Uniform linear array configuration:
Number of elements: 4
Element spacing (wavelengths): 0.25
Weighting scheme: uniform
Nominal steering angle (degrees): -15
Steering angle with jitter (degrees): -16.029
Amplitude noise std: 0.05
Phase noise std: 0.05

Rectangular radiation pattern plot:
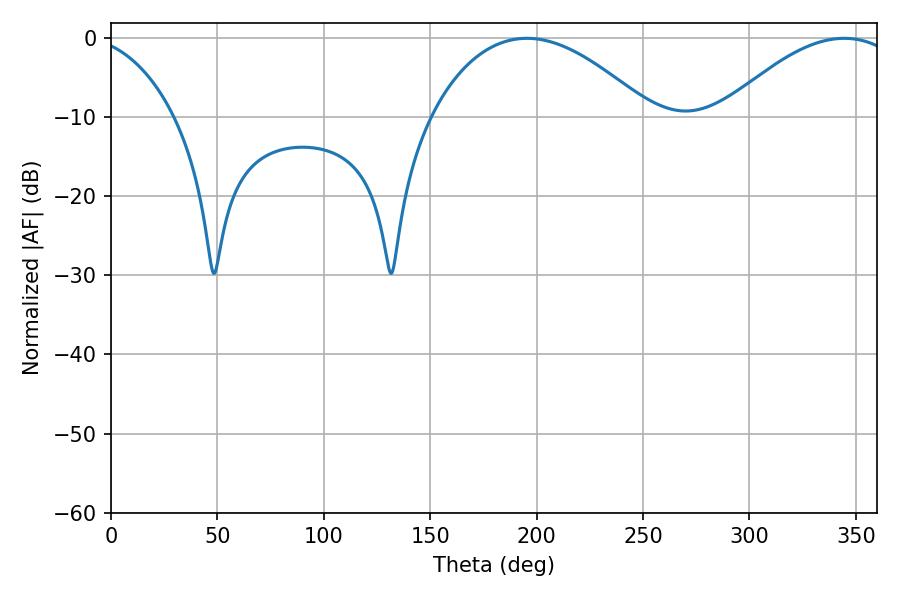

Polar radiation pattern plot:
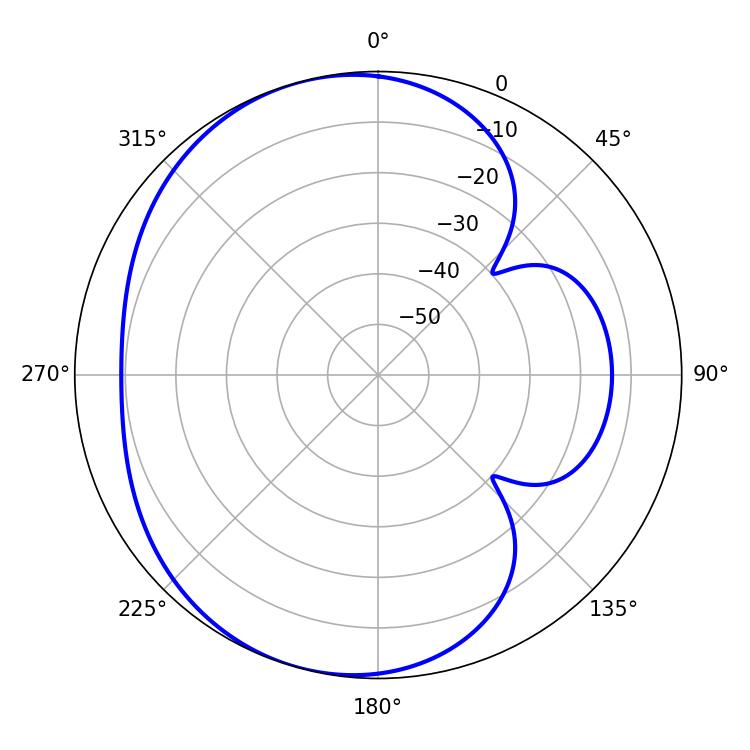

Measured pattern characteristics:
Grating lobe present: FALSE
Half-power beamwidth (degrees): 57.24
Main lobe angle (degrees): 195.48